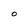
Character: O